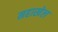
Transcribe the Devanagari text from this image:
महाखेल